Civil Veterinary Dept. North-West Frontier Province 1901-22 - 1901-1922
Year: 1901
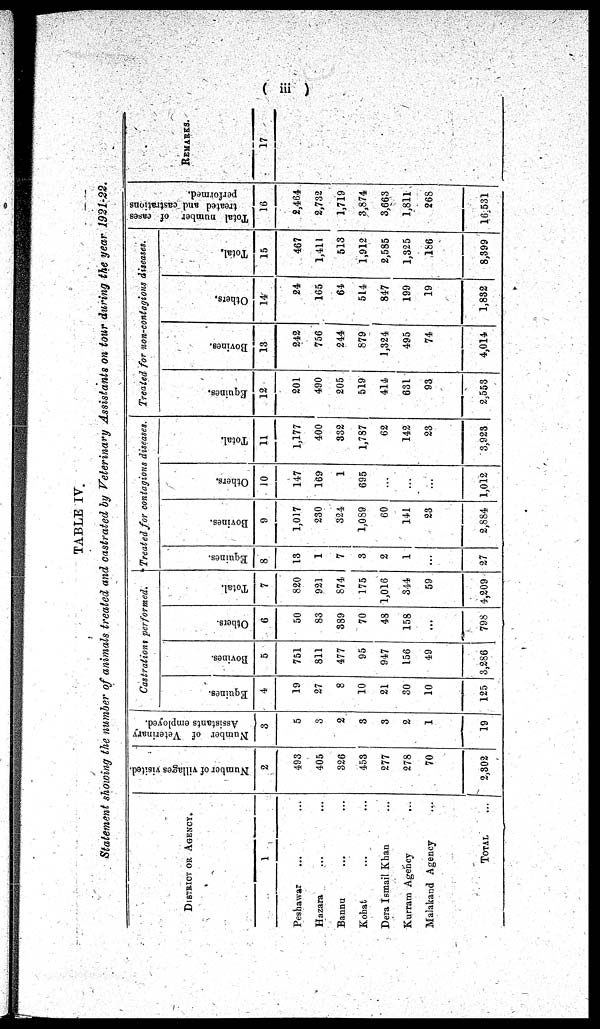
(iii)
TABLE IV.
Statement showing the number of animals treated and castrated by Veterinary Assistants on tour during the year 1921-22.
DISTRICT OR AGENCY.
1
Peshawar ... ...
Hazara ... ...
Bannu ... ...
Kohat ... ...
Dera Ismail Khan ...
Kurram Agency ...
Malakand Agency ...
TOTAL ...
Number of villages visited
2
493
405
326
453
277
278
70
2,302
Number of Veterinary
Assistants employed.
3
5
3
2
3
3
2
1
19
Castrations performed.
Equines.
4
19
27
8
10
21
30
10
125
Bovines.
5
751
811
477
95
947
156
49
3,286
Others.
6
50
83
389
70
48
158
...
798
Total.
7
820
921
874
175
1,016
344
59
4,209
Treated for contagions diseases.
Equines.
8
13
1
7
3
2
1
...
27
Bovines.
9
1,017
230
324
1,089
60
141
23
2,884
Others.
10
147
169
1
695
...
...
...
1,012
Total.
11
1,177
400
332
1,787
62
142
23
3,923
Treated for non-contagious diseases.
Equines.
12
201
490
205
519
414
631
93
2,553
Bovines.
13
242
756
244
879
1,324
495
74
4,014
Others.
14
24
165
64
514
847
199
19
1,832
Total.
15
467
1,411
513
1,912
2,585
1,325
186
8,399
Total number of cases
treated and castrations
performed.
16
2,464
2,732
1,719
3,874
3,663
1,811
268
16,531
REMARKS.
17